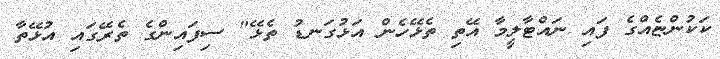
ކަކުންޏެއްގެ ފައި ނައްޓާލީމާ އޭތި ތެޅޭހެން އަޅުގަނޑު ތެޅޭ" ސިފައިންގެ ތެރޭގައި އުޅޭތާ